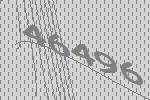
46496